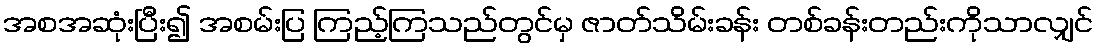
အစအဆုံးပြီး၍ အစမ်းပြ ကြည့်ကြသည်တွင်မှ ဇာတ်သိမ်းခန်း တစ်ခန်းတည်းကိုသာလျှင်